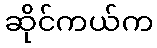
ဆိုင်ကယ်က